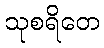
သုစရိတေ